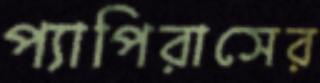
প্যাপিরাসের